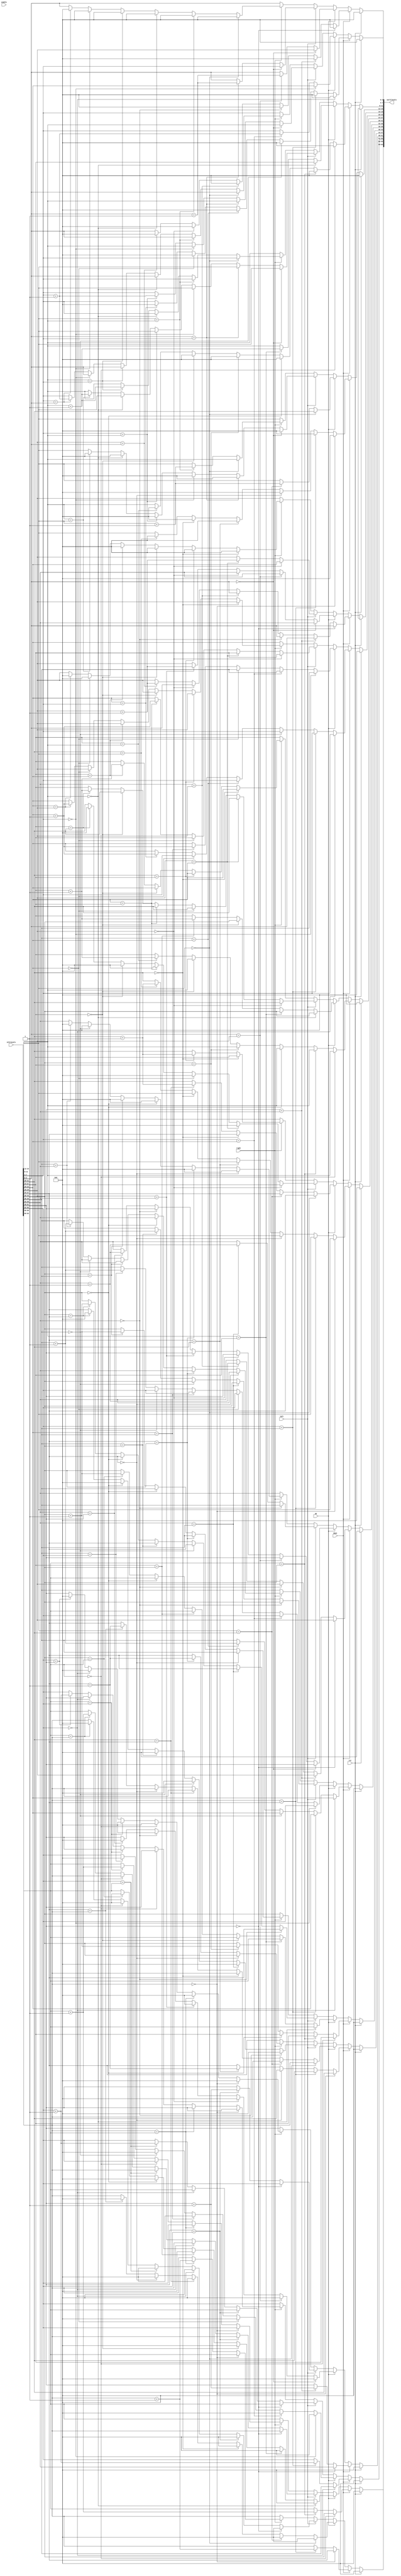
module movement_alt(
	input wire up,
	input wire down,
    input wire left,
    input wire right,
    input wire rst,
    input wire enable,
    input wire [63:0] inTilevals,
    output reg [63:0] outTilevals
	);

    //reg [63:0] tilevals = inTilevals;
	 integer i;
    
    reg [3:0] tilevals [0:3][0:3];

    always @(*) begin
	 
        tilevals[0][0] = inTilevals[63:60];   //row 0, col 0
        tilevals[0][1] = inTilevals[59:56];
        tilevals[0][2] = inTilevals[55:52];
        tilevals[0][3] = inTilevals[51:48];
        tilevals[1][0] = inTilevals[47:44];   //row 1, col 0
        tilevals[1][1] = inTilevals[43:40];
        tilevals[1][2] = inTilevals[39:36];
        tilevals[1][3] = inTilevals[35:32];
        tilevals[2][0] = inTilevals[31:28];   //row 2, col 0
        tilevals[2][1] = inTilevals[27:24];
        tilevals[2][2] = inTilevals[23:20];
        tilevals[2][3] = inTilevals[19:16];
        tilevals[3][0] = inTilevals[15:12];   //row 3, col 0
        tilevals[3][1] = inTilevals[11:8];
        tilevals[3][2] = inTilevals[7:4];
        tilevals[3][3] = inTilevals[3:0];
		  
        if (rst) begin
            tilevals[0][0] = 4'd0;
            tilevals[0][1] = 4'd0;
            tilevals[0][2] = 4'd0;
            tilevals[0][3] = 4'd0;
            tilevals[1][0] = 4'd0;
            tilevals[1][1] = 4'd0;
            tilevals[1][2] = 4'd0;
            tilevals[1][3] = 4'd0;
            tilevals[2][0] = 4'd0;
            tilevals[2][1] = 4'd0;
            tilevals[2][2] = 4'd0;
            tilevals[2][3] = 4'd0;
            tilevals[3][0] = 4'd0;
            tilevals[3][1] = 4'd0;
            tilevals[3][2] = 4'd0;
            tilevals[3][3] = 4'd0;
        end
        else if (down) begin
            for(i=0; i<4; i=i+1) begin    //loop per column (Fill up all empty spaces)
                if (tilevals[0][i] == 4'd0) begin
                    tilevals[0][i] = tilevals[1][i];
                    tilevals[1][i] = tilevals[2][i];
                    tilevals[2][i] = tilevals[3][i];
                    tilevals[3][i] = 4'd0;
                end
                else if (tilevals[0][i] == tilevals[1][i]) begin
                    tilevals[0][i] = tilevals[0][i] + 4'd1;
                    tilevals[1][i] = tilevals[2][i];
                    tilevals[2][i] = tilevals[3][i];
                    tilevals[3][i] = 4'd0;
                end
                else begin  //start second row
                    if (tilevals[1][i] == 4'd0) begin
                        tilevals[1][i] = tilevals[2][i];
                        tilevals[2][i] = tilevals[3][i];
                        tilevals[3][i] = 4'd0;
                    end
                    else if (tilevals[1][i] == tilevals[2][i]) begin
                        tilevals[1][i] = tilevals[1][i] + 4'd1;
                        tilevals[2][i] = tilevals[3][i];
                        tilevals[3][i] = 4'd0;
                    end
                    else begin  //start third row
                        if (tilevals[2][i] == 4'd0) begin
                            tilevals[2][i] = tilevals[3][i];
                            tilevals[3][i] = 4'd0;
                        end
                        else if (tilevals[2][i] == tilevals[3][i]) begin
                            tilevals[2][i] = tilevals[2][i] + 4'd1;
                            tilevals[3][i] = 4'd0;
                        end
                        else begin
									//tilevals = tilevals;	//BK: Added this
                        end
                    end
                end
            end
        end //end down
        else if (up) begin
            for(i=0; i<4; i=i+1) begin    //loop per column (Fill up all empty spaces)
                if (tilevals[3][i] == 4'd0) begin
                    tilevals[3][i] = tilevals[2][i];
                    tilevals[2][i] = tilevals[1][i];
                    tilevals[1][i] = tilevals[0][i];
                    tilevals[0][i] = 4'd0;
                end
                else if (tilevals[3][i] == tilevals[2][i]) begin
                    tilevals[3][i] = tilevals[3][i] + 4'd1;
                    tilevals[2][i] = tilevals[1][i];
                    tilevals[1][i] = tilevals[0][i];
                    tilevals[0][i] = 4'd0;
                end
                else begin  //start second row
                    if (tilevals[2][i] == 4'd0) begin
                        tilevals[2][i] = tilevals[1][i];
                        tilevals[1][i] = tilevals[0][i];
                        tilevals[0][i] = 4'd0;
                    end
                    else if (tilevals[2][i] == tilevals[1][i]) begin
                        tilevals[2][i] = tilevals[2][i] + 4'd1;
                        tilevals[1][i] = tilevals[0][i];
                        tilevals[0][i] = 4'd0;
                    end
                    else begin  //start third row
                        if (tilevals[1][i] == 4'd0) begin
                            tilevals[1][i] = tilevals[0][i];
                            tilevals[0][i] = 4'd0;
                        end
                        else if (tilevals[1][i] == tilevals[0][i]) begin
                            tilevals[1][i] = tilevals[1][i] + 4'd1;
                            tilevals[0][i] = 4'd0;
                        end
                        else begin
									//tilevals = tilevals;	//BK: Added this
                        end
                    end
                end
            end
        end //end up
        else if (left) begin
            for(i=0; i<4; i=i+1) begin    //loop per column (Fill up all empty spaces)
                if (tilevals[i][3] == 4'd0) begin
                    tilevals[i][3] = tilevals[i][2];
                    tilevals[i][2] = tilevals[i][1];
                    tilevals[i][1] = tilevals[i][0];
                    tilevals[i][0] = 4'd0;
                end
                else if (tilevals[i][3] == tilevals[i][2]) begin
                    tilevals[i][3] = tilevals[i][3] + 4'd1;
                    tilevals[i][2] = tilevals[i][1];
                    tilevals[i][1] = tilevals[i][0];
                    tilevals[i][0] = 4'd0;
                end
                else begin  //start second row
                    if (tilevals[i][2] == 4'd0) begin
                        tilevals[i][2] = tilevals[i][1];
                        tilevals[i][1] = tilevals[i][0];
                        tilevals[i][0] = 4'd0;
                    end
                    else if (tilevals[i][2] == tilevals[i][1]) begin
                        tilevals[i][2] = tilevals[i][2] + 4'd1;
                        tilevals[i][1] = tilevals[i][0];
                        tilevals[i][0] = 4'd0;
                    end
                    else begin  //start third row
                        if (tilevals[i][1] == 4'd0) begin
                            tilevals[i][1] = tilevals[i][0];
                            tilevals[i][0] = 4'd0;
                        end
                        else if (tilevals[i][1] == tilevals[i][0]) begin
                            tilevals[i][1] = tilevals[i][1] + 4'd1;
                            tilevals[i][0] = 4'd0;
                        end
                        else begin
									//tilevals = tilevals;	//BK: Added this
                        end
                    end
                end
            end
        end //end left
        else if (right) begin
            for(i=0; i<4; i=i+1) begin    //loop per column (Fill up all empty spaces)
                if (tilevals[i][0] == 4'd0) begin
                    tilevals[i][0] = tilevals[i][1];
                    tilevals[i][1] = tilevals[i][2];
                    tilevals[i][2] = tilevals[i][3];
                    tilevals[i][3] = 4'd0;
                end
                else if (tilevals[i][0] == tilevals[i][1]) begin
                    tilevals[i][0] = tilevals[i][0] + 4'd1;
                    tilevals[i][1] = tilevals[i][2];
                    tilevals[i][2] = tilevals[i][3];
                    tilevals[i][3] = 4'd0;
                end
                else begin  //start second row
                    if (tilevals[i][1] == 4'd0) begin
                        tilevals[i][1] = tilevals[i][2];
                        tilevals[i][2] = tilevals[i][3];
                        tilevals[i][3] = 4'd0;
                    end
                    else if (tilevals[i][1] == tilevals[i][2]) begin
                        tilevals[i][1] = tilevals[i][1] + 4'd1;
                        tilevals[i][2] = tilevals[i][3];
                        tilevals[i][3] = 4'd0;
                    end
                    else begin  //start third row
                        if (tilevals[i][2] == 4'd0) begin
                            tilevals[i][2] = tilevals[i][3];
                            tilevals[i][3] = 4'd0;
                        end
                        else if (tilevals[i][2] == tilevals[i][3]) begin
                            tilevals[i][2] = tilevals[i][2] + 4'd1;
                            tilevals[i][3] = 4'd0;
                        end
                        else begin
									//tilevals = tilevals;	//BK: Added this
                        end
                    end
                end
            end
        end //end right
		  /*
		  else if (down) begin
		      for(i=0; i<4; i=i+1) begin    //loop per column (Fill up all empty spaces)
					tilevals[0][i] = tilevals[1][i];
               tilevals[1][i] = tilevals[2][i];
               tilevals[2][i] = tilevals[3][i];
               tilevals[3][i] = 4'd0;
				end
		  end
		  else if (up) begin
				for(i=0; i<4; i=i+1) begin    //loop per column (Fill up all empty spaces)
					tilevals[3][i] = tilevals[2][i];
               tilevals[2][i] = tilevals[1][i];
               tilevals[1][i] = tilevals[0][i];
               tilevals[0][i] = 4'd0;
				end
		  end
		  else if (left) begin
				for(i=0; i<4; i=i+1) begin    //loop per column (Fill up all empty spaces)
					tilevals[i][3] = tilevals[i][2];
               tilevals[i][2] = tilevals[i][1];
               tilevals[i][1] = tilevals[i][0];
               tilevals[i][0] = 4'd0;
				end
		  end
		  else if (right) begin
		      for(i=0; i<4; i=i+1) begin    //loop per column (Fill up all empty spaces)
					tilevals[i][0] = tilevals[i][1];
               tilevals[i][1] = tilevals[i][2];
               tilevals[i][2] = tilevals[i][3];
               tilevals[i][3] = 4'd0;
				end
		  end
*/

        outTilevals[63:60] = tilevals[0][0];
        outTilevals[59:56] = tilevals[0][1];
        outTilevals[55:52] = tilevals[0][2];
        outTilevals[51:48] = tilevals[0][3];
        outTilevals[47:44] = tilevals[1][0];
        outTilevals[43:40] = tilevals[1][1];
        outTilevals[39:36] = tilevals[1][2];
        outTilevals[35:32] = tilevals[1][3];
        outTilevals[31:28] = tilevals[2][0];
        outTilevals[27:24] = tilevals[2][1];
        outTilevals[23:20] = tilevals[2][2];
        outTilevals[19:16] = tilevals[2][3];
        outTilevals[15:12] = tilevals[3][0];
        outTilevals[11:8] = tilevals[3][1];
        outTilevals[7:4] = tilevals[3][2];
        outTilevals[3:0] = tilevals[3][3];
		  
        //Update the output tiles to the updated tile from above
    end
	 

	 
    
endmodule